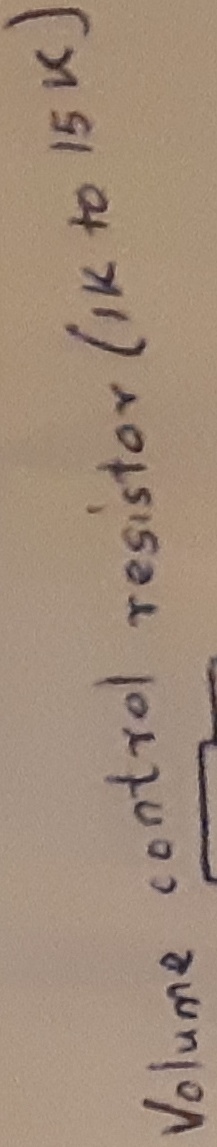
Text: Volume control Resistor(1k to 15k)